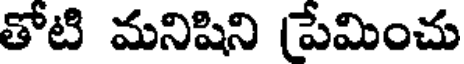
తోటి మనిషిని (పేమించు